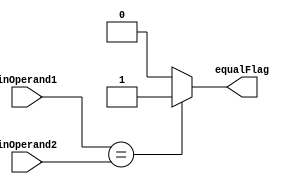
module Comparator(inOperand1 ,inOperand2 ,equalFlag);

      input [31:0]  inOperand1;
      input [31:0]  inOperand2;
      output equalFlag;

      assign equalFlag = (inOperand1 == inOperand2) ? 1'b1 : 1'b0;

endmodule